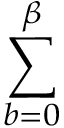
\sum _ { b = 0 } ^ { \beta }